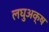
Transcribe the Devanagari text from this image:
लघुअक्ष